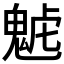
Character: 𩲼